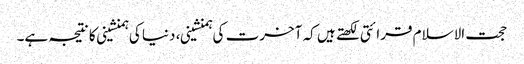
حجت الاسلام قرائتی لکھتے ہیں کہ آخرت کی ہمنشینی، دنیا کی ہمنشینی کا نتیجہ ہے۔